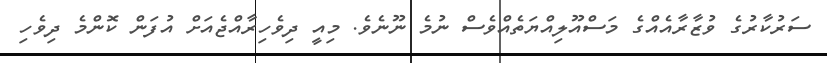
ސަރުކާރުގެ ވުޒާރާއެއްގެ މަސްއޫލިއްޔަތެއްވެސް ނުމެ ނޫނެވެ. މިއީ ދިވެހިރާއްޖެއަށް އުފަން ކޮންމެ ދިވެހި